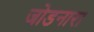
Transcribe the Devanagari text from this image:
जोडनारा